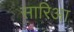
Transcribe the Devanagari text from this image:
सारिआ